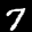
Digit: 7